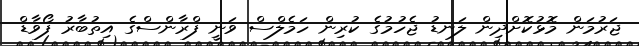
ޖަރުމަން މޮޅުކޮށްދިން ލަނޑު ޖެހުމުގެ ކުރިން ހަމެލްސް ވަނީ ފްރާންސްގެ އިތުބާރު ފޯވާޑް